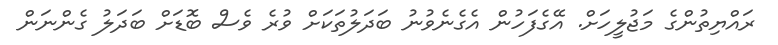
ރައްޔިތުންގެ މަޖުލީހަށް. އޭގެފަހުން އެގެނެވުނު ބަދަލުތަކަށް ވުރެ ވެސް ބޮޑަށް ބަދަލު ގެންނަން